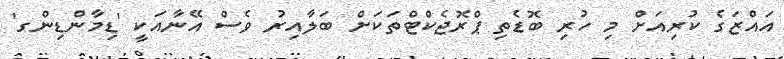
އައްޒަގެ ކުރިއަށް މި ހުރި ބޮޑެތި ޕްރޮޖެކްޓްތަކަށް ބަލާއިރު ވެސް އޭނާއަކީ 'ޑިމާންޑިންގ'